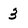
Character: 3